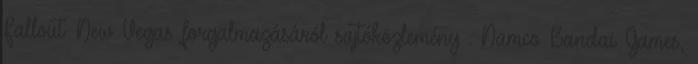
Fallout: New Vegas forgalmazásáról sajtóközlemény . Namco Bandai Games,